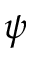
\psi